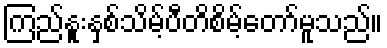
ကြည်နူးနှစ်သိမ့်ပီတိစိမ့်တော်မူသည်။